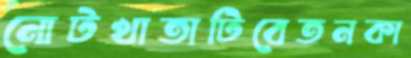
নোটখাতাটিবেতনকা